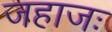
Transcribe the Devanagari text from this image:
जहाजः